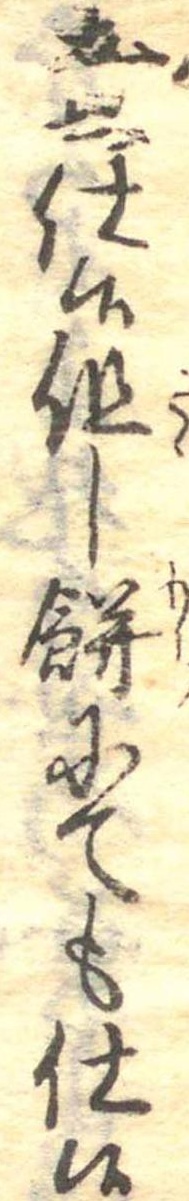
煮仕候但し餅にても仕候